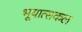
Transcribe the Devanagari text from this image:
भूयात्सकल